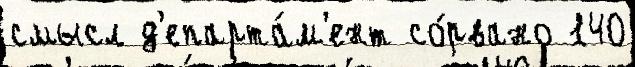
смысл д'епарта́м'ент со́рвано 140